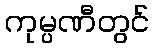
ကုမ္ပဏီတွင်